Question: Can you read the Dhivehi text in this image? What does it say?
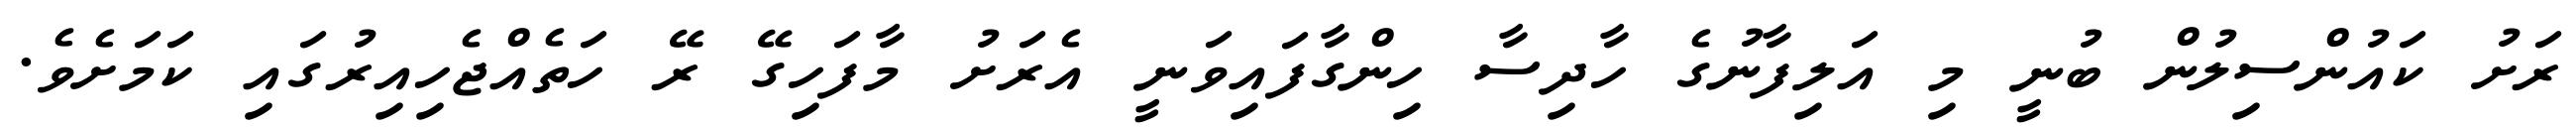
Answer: ރަށު ކައުންސިލުން ބުނީ މި އަލިފާނުގެ ހާދިސާ ހިންގާފައިވަނީ އެރަށު މާފަހިގޭ ރޭ ހަތެއްޖެހިއިރުގައި ކަމަށެވެ.